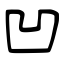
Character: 凹